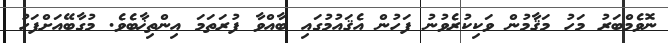
ނޮވެމްބަރު މަހު މަޤާމުން ވަކިކުރެވުނު ފަހުން އެޤައުމުގައި ބާއްވާ ފުރަތަމަ އިންތިޚާބެވެ. މުގާބޭއަށްފަހު